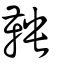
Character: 鞅